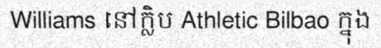
Williams នៅក្លិប Athletic Bilbao ក្នុង